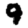
Digit: 9